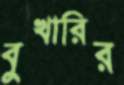
বুখারির